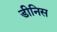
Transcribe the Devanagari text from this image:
डीनिस